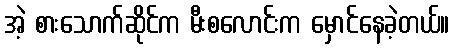
အဲ့ စားသောက်ဆိုင်က မီးစလောင်းက မှောင်နေခဲ့တယ်။